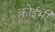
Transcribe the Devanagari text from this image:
कोईभी